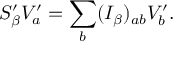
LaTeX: S _ { \beta } ^ { \prime } V _ { a } ^ { \prime } = \sum _ { b } ( I _ { \beta } ) _ { a b } V _ { b } ^ { \prime } .